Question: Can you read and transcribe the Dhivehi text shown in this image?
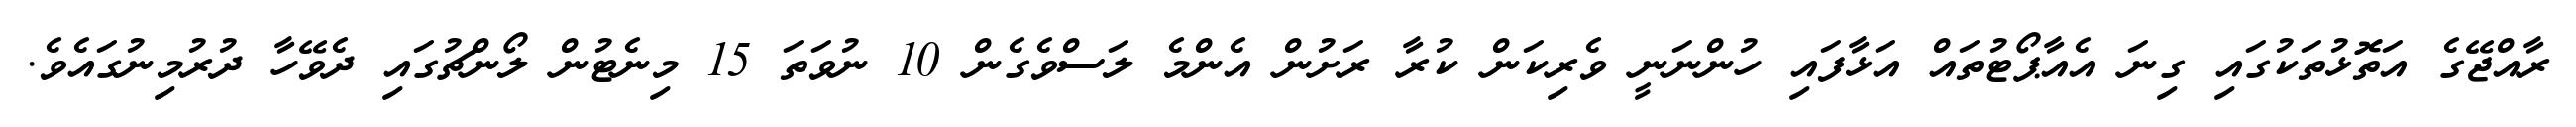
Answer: ރާއްޖޭގެ އަތޮޅުތަކުގައި ގިނަ އެއާޕޯޓުތައް އަޅާފައި ހުންނަނީ ވެރިކަން ކުރާ ރަށުން އެންމެ ލަސްވެގެން 10 ނުވަތަ 15 މިނެޓުން ލޯންޗުގައި ދެވޭހާ ދުރުމިނުގައެވެ.